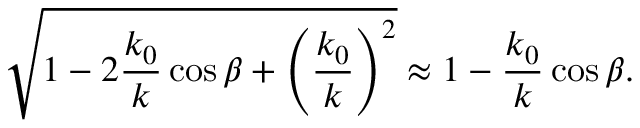
\sqrt { 1 - 2 \frac { k _ { 0 } } { k } \cos \beta + \left( \frac { k _ { 0 } } { k } \right) ^ { 2 } } \approx 1 - \frac { k _ { 0 } } { k } \cos \beta .